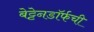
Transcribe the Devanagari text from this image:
बेट्टेनडॉर्फची